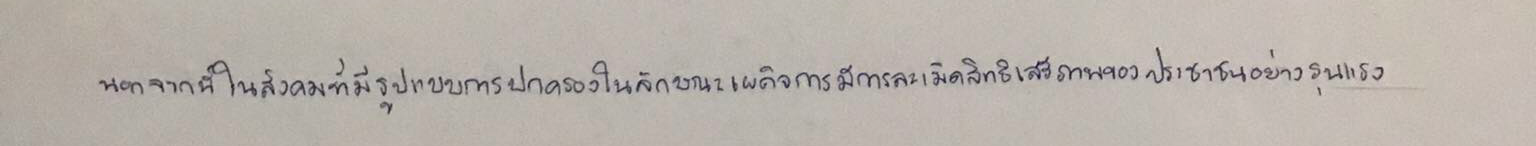
นอกจากนี้ในสังคมที่มีรูปแบบการปกครองในลักษณะเผด็จการมีการละเมิดสิทธิเสรีภาพของประชาชนอย่างรุนแรง